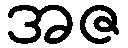
အဇ